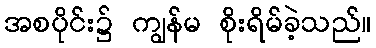
အစပိုင်း၌ ကျွန်မ စိုးရိမ်ခဲ့သည်။